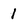
Character: 1